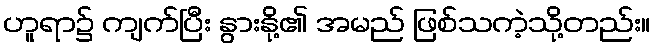
ဟူရာ၌ ကျက်ပြီး နွားနို့၏ အမည် ဖြစ်သကဲ့သို့တည်း။